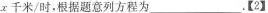
x千米/时，根据题意列方程为___.【2】